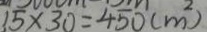
1 5 \times 3 0 = 4 5 0 ( m ^ { 2 } )